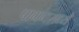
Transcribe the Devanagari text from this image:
पागगमध्ये